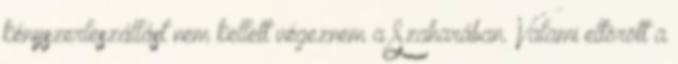
kényszerleszállást nem kellett végeznem a Szaharában. Valami eltörött a